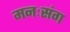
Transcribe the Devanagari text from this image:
मनःसंग